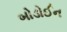
બોડોઈન